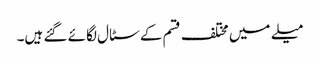
میلے میں مختلف قسم کے سٹال لگائے گئے ہیں۔